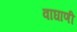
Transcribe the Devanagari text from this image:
वाघाणी